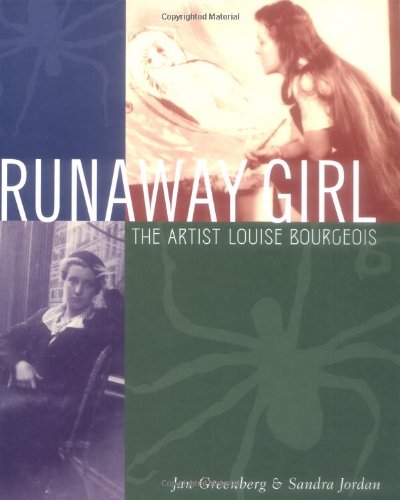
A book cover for Runaway Girl: The Artist Louise Bourgeois (Bccb Blue Ribbon Nonfiction Book Award (Awards)); Jan Greenberg; Teen & Young Adult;